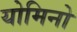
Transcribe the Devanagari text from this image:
योमिनो